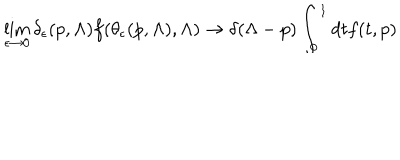
\lim _ { \epsilon \rightarrow 0 } \delta _ { \epsilon } ( p , \Lambda ) f ( \theta _ { \epsilon } ( p , \Lambda ) , \Lambda ) \rightarrow \delta ( \Lambda - p ) \int _ { 0 } ^ { 1 } d t f ( t , p )